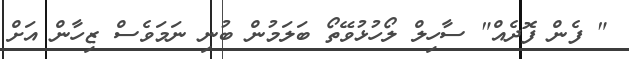
" ފެން ފޮދެއް" ސާހިލް ލޯހުޅުވޭތޯ ބަލަމުން ބުނި ނަމަވެސް ޒިހާން އަށް